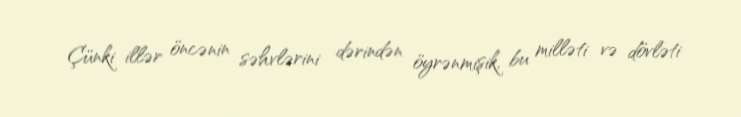
Çünki illər öncənin səhvlərini dərindən öyrənmişik, bu milləti və dövləti